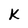
Character: k